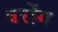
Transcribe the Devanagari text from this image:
वरोंग